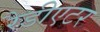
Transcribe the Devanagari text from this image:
रैडीएटर